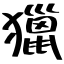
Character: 獵